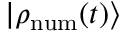
| \rho _ { \mathrm { n u m } } ( t ) \rangle